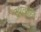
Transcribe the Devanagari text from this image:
दशत्राही